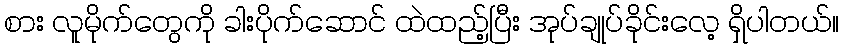
စား လူမိုက်တွေကို ခါးပိုက်ဆောင် ထဲထည့်ပြီး အုပ်ချုပ်ခိုင်းလေ့ ရှိပါတယ်။